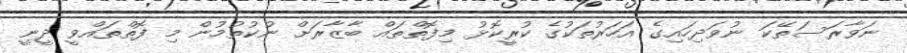
ނަވާރަސަތޭކަ ނުވަދިހައިގެ އަހަރުތަކުގެ ކުރީކޮޅު މިފޮތްތައް ބާޒާރަށް ނުކުތުމުން މި ފޮތްތައްވީ ދީނީ